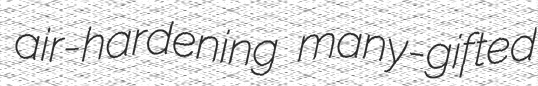
air-hardening many-gifted